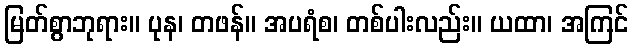
မြတ်စွာဘုရား။ ပုန၊ တဖန်။ အပရံစ၊ တစ်ပါးလည်း။ ယထာ၊ အကြင်